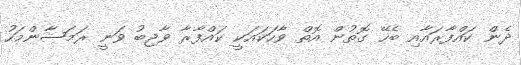
ދެން ކައްފާރައާއި ބެހޭ ގޮތުން އޮތް ވާހަކައަކީ ކައްފާރާ ވާޖިބު ވަނީ ރަމަޟާންމަހު